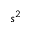
s ^ { 2 }